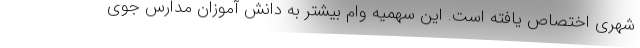
شهری اختصاص یافته است. این سهمیه وام بیشتر به دانش آموزان مدارس جوی